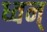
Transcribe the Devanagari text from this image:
ध्वन्